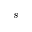
s